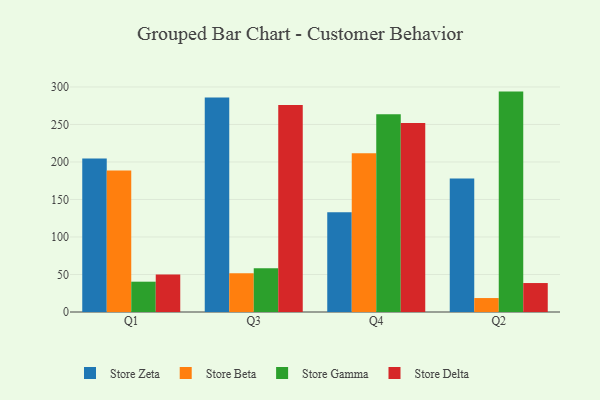
{"axis": {"x": "Quarter", "y": "Energy Usage (MWh)"}, "legend": ["Store Beta", "Store Delta", "Store Gamma", "Store Zeta"], "data": [{"x": "Q1", "y": 204.6, "type": "Store Zeta"}, {"x": "Q1", "y": 188.7, "type": "Store Beta"}, {"x": "Q1", "y": 40.4, "type": "Store Gamma"}, {"x": "Q1", "y": 49.9, "type": "Store Delta"}, {"x": "Q3", "y": 285.9, "type": "Store Zeta"}, {"x": "Q3", "y": 51.6, "type": "Store Beta"}, {"x": "Q3", "y": 58.4, "type": "Store Gamma"}, {"x": "Q3", "y": 275.8, "type": "Store Delta"}, {"x": "Q4", "y": 133.1, "type": "Store Zeta"}, {"x": "Q4", "y": 211.7, "type": "Store Beta"}, {"x": "Q4", "y": 263.5, "type": "Store Gamma"}, {"x": "Q4", "y": 252.0, "type": "Store Delta"}, {"x": "Q2", "y": 178.1, "type": "Store Zeta"}, {"x": "Q2", "y": 18.6, "type": "Store Beta"}, {"x": "Q2", "y": 293.8, "type": "Store Gamma"}, {"x": "Q2", "y": 38.6, "type": "Store Delta"}]}